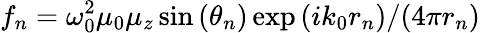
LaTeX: f_{n}={\omega_{0}^{2}\mu_{0}\mu_{z}\sin{(\theta_{n})}\exp{(ik_{0}r_{n})}}/{(4\pi r_{n})}